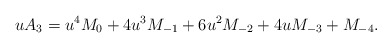
\begin{align*}uA_3=u^4M_0+4u^3M_{-1}+6u^2M_{-2}+4uM_{-3}+M_{-4}.\end{align*}